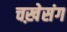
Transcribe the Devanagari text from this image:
चख़ेसंग